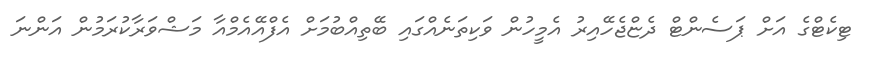
ޓިކެޓްގެ އަށް ޕަސެންޓް ދެޏްޖެހޭއިރު އެމީހުން ވަކިތަނެއްގައި ބޭތިއްބުމަށް އެފްއޭއެމްއާ މަޝްވަރާކުރަމުން އަންނަ